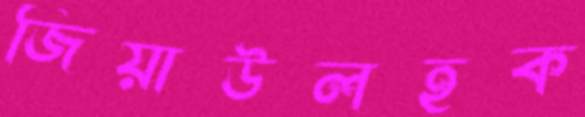
জিয়াউলহক